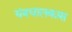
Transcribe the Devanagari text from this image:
यंत्रचालकास